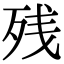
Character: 残